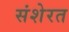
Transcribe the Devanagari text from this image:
संशेरत